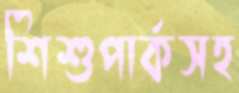
শিশুপার্কসহ